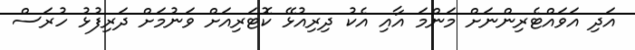
އަދި އަވައްޓެރިންނަށް މަންމަ އާއި އެކު ދިރިއުޅޭ ކޮޓަރިއަށް ވަނުމަށް ދަރިފުޅު ހުރަސް